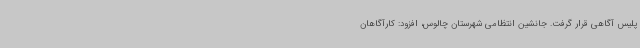
پلیس آگاهی قرار گرفت. جانشین انتظامی شهرستان چالوس، افزود: کارآگاهان